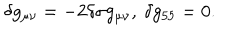
LaTeX: \delta g _ { \mu \nu } = - 2 \delta \sigma g _ { \mu \nu } , ~ \delta g _ { 5 5 } = 0 .